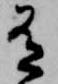
有